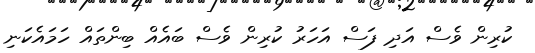
ކުރިން ވެސް އަދި ފަސް އަހަރު ކުރިން ވެސް ބައެއް ބިންތައް ހަމައެކަނި